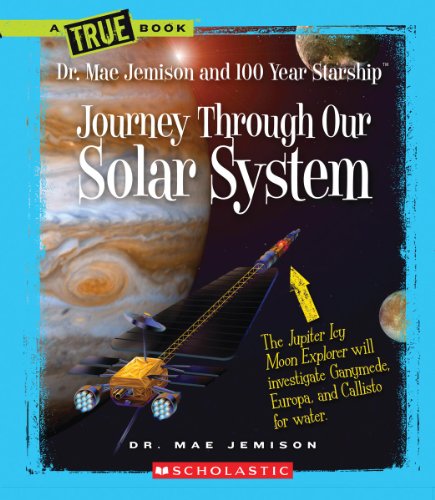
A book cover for Journey Through Our Solar System (True Books: Dr. Mae Jemison and 100 Year Starship); Mae Jemison; Science & Math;